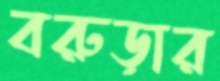
বরুড়ার